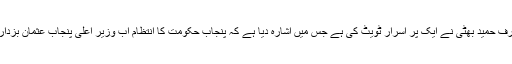
اب ایسے میں سینئر صحافی عارف حمید بھٹی نے ایک پر اسرار ٹویٹ کی ہے جس میں اشارہ دیا ہے کہ پنجاب حکومت کا انتظام اب وزیر اعلیٰ پنجاب عثمان بزدار کے ہاتھوں سے نکل چکا ہے۔